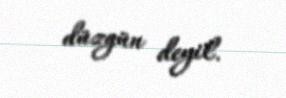
düzgün deyil.